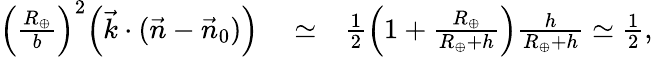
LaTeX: \begin{array}{rlr}{\Big(\frac{R_{\oplus}}{b}\Big)^{2}\Big({\vec{k}}\cdot({\vec{n}}-{\vec{n}}_{0})\Big)}&{{}\simeq}&{{\textstyle\frac{1}{2}}\Big(1+\frac{R_{\oplus}}{R_{\oplus}+h}\Big)\frac{h}{R_{\oplus}+h}\simeq{\textstyle\frac{1}{2}},}\end{array}